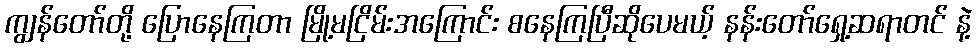
ကျွန်တော်တို့ ပြောနေကြတာ မြို့မငြိမ်းအကြောင်း စနေကြပြီဆိုပေမယ့် နန်းတော်ရှေ့ဆရာတင် နဲ့